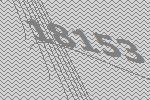
18153